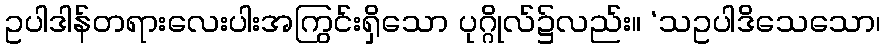
ဥပါဒါန်တရားလေးပါးအကြွင်းရှိသော ပုဂ္ဂိုလ်၌လည်း။ ‘သဥပါဒိသေသော၊